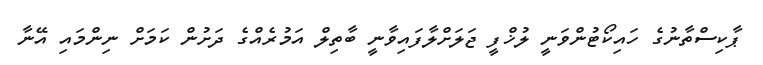
ޕާކިސްތާނުގެ ހައިކޯޓުންވަނީ ލުޚްފީ ޖަލަށްލާފައިވާނީ ބާތިލް އަމުރެއްގެ ދަށުން ކަމަށް ނިންމައި އޭނާ